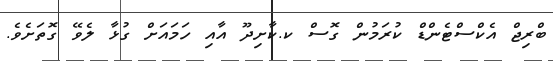
ބްރިޖް އެކްސްޓެންޑް ކުރަމުން ގޮސް ކ.ކާށިދޫ އާއި ހަމައަށް ގުޅާ ލެވޭ ގޮތަށެވެ.